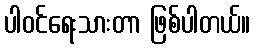
ပါဝင်ရေးသားတာ ဖြစ်ပါတယ်။